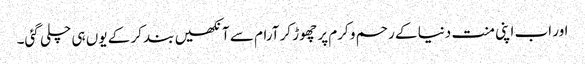
اور اب اپنی منت دنیا کے رحم و کرم پر چھوڑ کر آرام سے آنکھیں بند کر کے یوں ہی چلی گئی۔